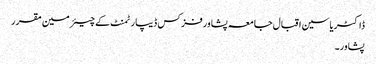
ڈاکٹریاسین اقبال جامعہ پشاورفزکس ڈیپارٹمنٹ کے چیئرمین مقرر
پشاور۔